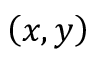
\left( x , y \right)